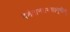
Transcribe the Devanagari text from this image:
दशैतान्तामसानृषीन्